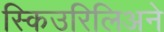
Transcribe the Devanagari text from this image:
स्किउरिलिअने